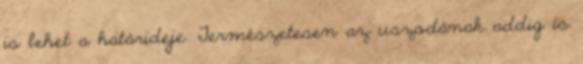
is lehet a határideje. Természetesen az uszodának addig is